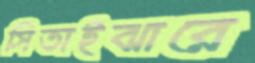
সিতাইঝারে